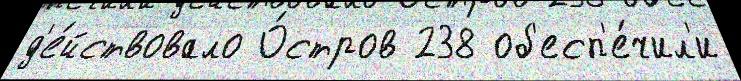
д'е́йствовало О́стров 238 об'есп'е́чил'и